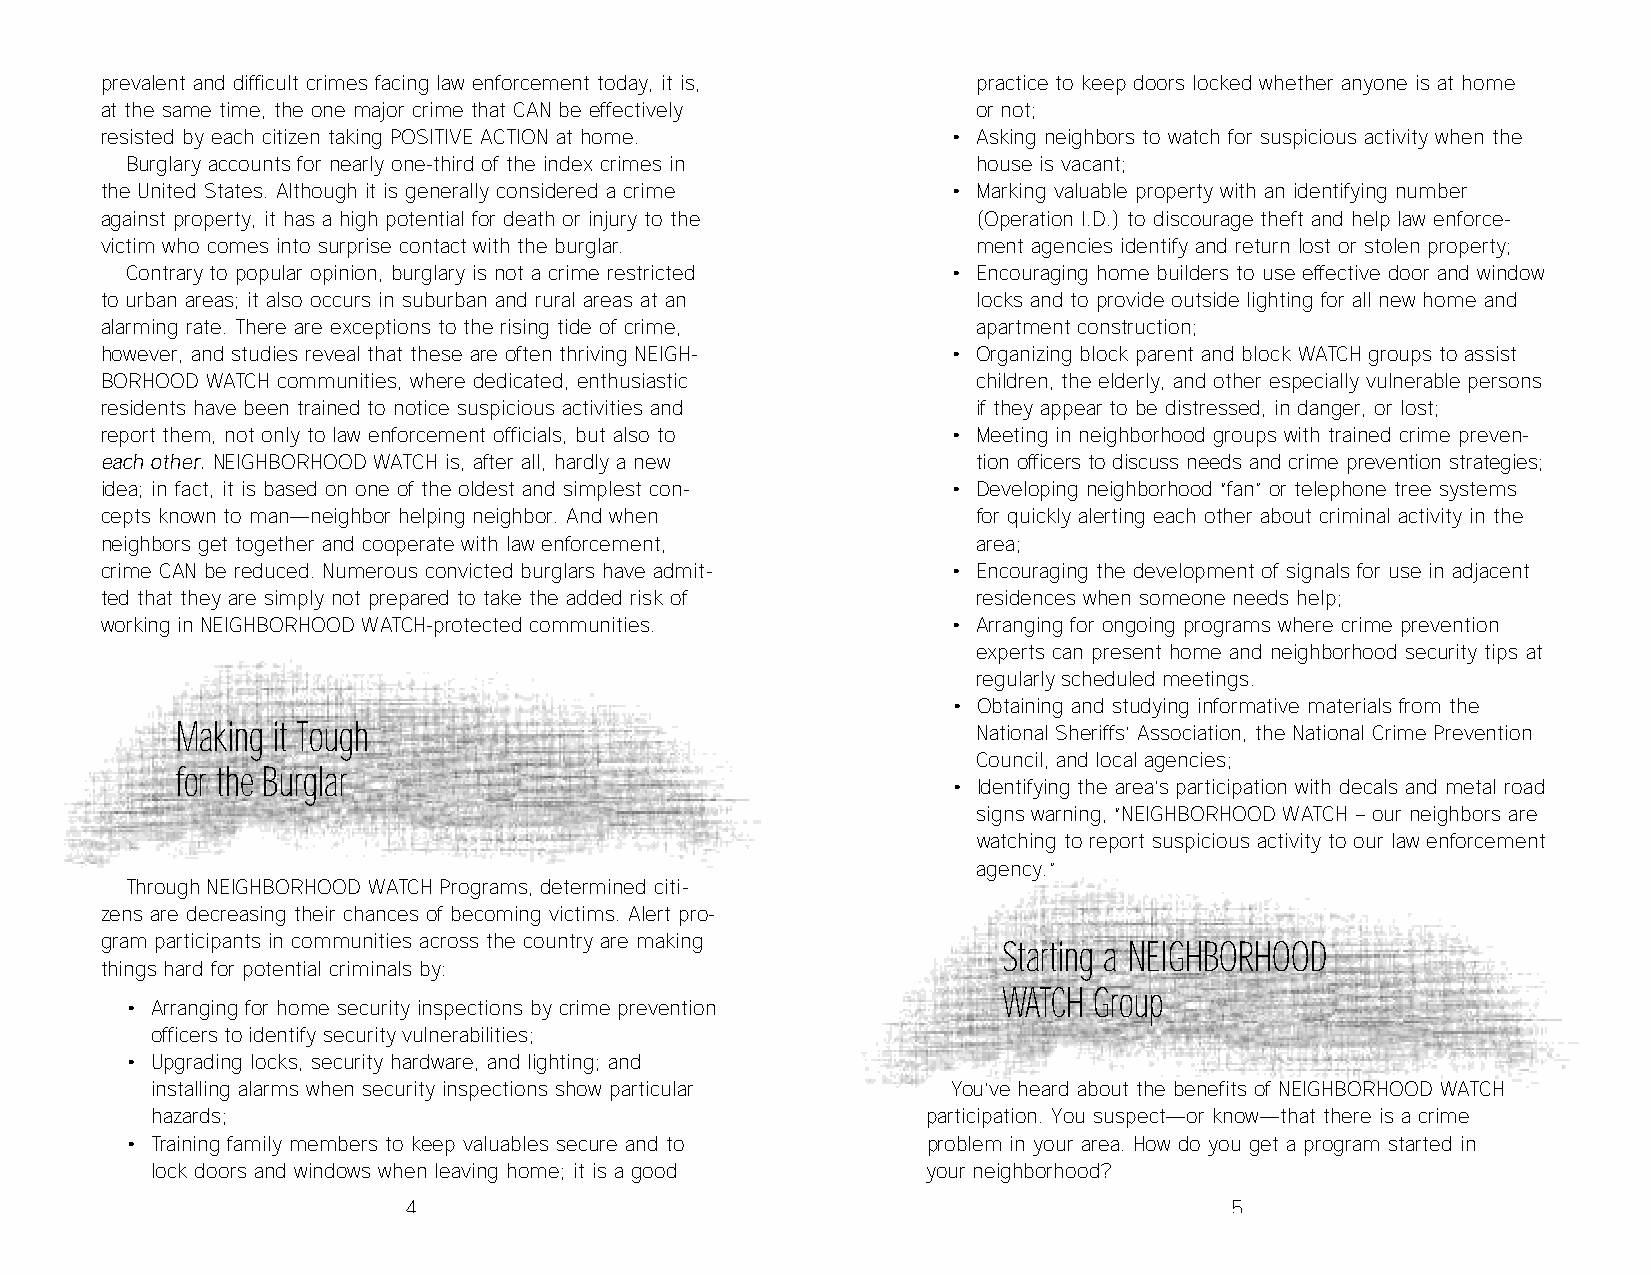
prevalent and difficult crimes facing law enforcement today, it is, practice to keep doors locked whether anyone is at home
 at the same time, the one major crime that CAN be effectively or not;
 resisted by each citizen taking POSITIVE ACTION at home. • Asking neighbors to watch for suspicious activity when the
 Burglary accounts for nearly one-third of the index crimes in house is vacant;
 the United States. Although it is generally considered a crime • Marking valuable property with an identifying number
 against property, it has a high potential for death or injury to the (Operation I.D.) to discourage theft and help law enforce-
 victim who comes into surprise contact with the burglar.  ment agencies identify and return lost or stolen property;
 Contrary to popular opinion, burglary is not a crime restricted • Encouraging home builders to use effective door and window
 to urban areas; it also occurs in suburban and rural areas at an locks and to provide outside lighting for all new home and
 alarming rate. There are exceptions to the rising tide of crime, apartment construction;
 however, and studies reveal that these are often thriving NEIGH- • Organizing block parent and block WATCH groups to assist
 BORHOOD WATCH communities, where dedicated, enthusiastic  children, the elderly, and other especially vulnerable persons
 residents have been trained to notice suspicious activities and if they appear to be distressed, in danger, or lost;
 report them, not only to law enforcement officials, but also to • Meeting in neighborhood groups with trained crime preven-
 each other. NEIGHBORHOOD WATCH is, after all, hardly a new tion officers to discuss needs and crime prevention strategies;
 idea; in fact, it is based on one of the oldest and simplest con- • Developing neighborhood “fan” or telephone tree systems
 cepts known to man—neighbor helping neighbor. And when    for quickly alerting each other about criminal activity in the
 neighbors get together and cooperate with law enforcement, area;
 crime CAN be reduced. Numerous convicted burglars have admit- • Encouraging the development of signals for use in adjacent
 ted that they are simply not prepared to take the added risk of residences when someone needs help;
 working in NEIGHBORHOOD WATCH-protected communities.    • Arranging for ongoing programs where crime prevention
 experts can present home and neighborhood security tips at
 regularly scheduled meetings.
 • Obtaining and studying informative materials from the
 Making it Tough                                      National Sheriffs’ Association, the National Crime Prevention
 Council, and local agencies;
 for the Burglar
 • Identifying the area’s participation with decals and metal road
 signs warning, “NEIGHBORHOOD WATCH – our neighbors are
 watching to report suspicious activity to our law enforcement
 agency.”
 Through NEIGHBORHOOD WATCH Programs, determined citi-
 zens are decreasing their chances of becoming victims. Alert pro-
 gram participants in communities across the country are making
 Starting a NEIGHBORHOOD
 things hard for potential criminals by:
 WATCH Group
 • Arranging for home security inspections by crime prevention
 officers to identify security vulnerabilities;
 • Upgrading locks, security hardware, and lighting; and
 installing alarms when security inspections show particular You’ve heard about the benefits of NEIGHBORHOOD WATCH
 hazards;                                           participation. You suspect—or know—that there is a crime
 • Training family members to keep valuables secure and to problem in your area. How do you get a program started in
 lock doors and windows when leaving home; it is a good your neighborhood?
 4                                                     5